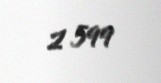
2 599